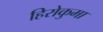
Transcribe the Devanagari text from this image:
हिरोकुमा